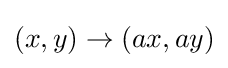
(x,y)\to (ax,ay)